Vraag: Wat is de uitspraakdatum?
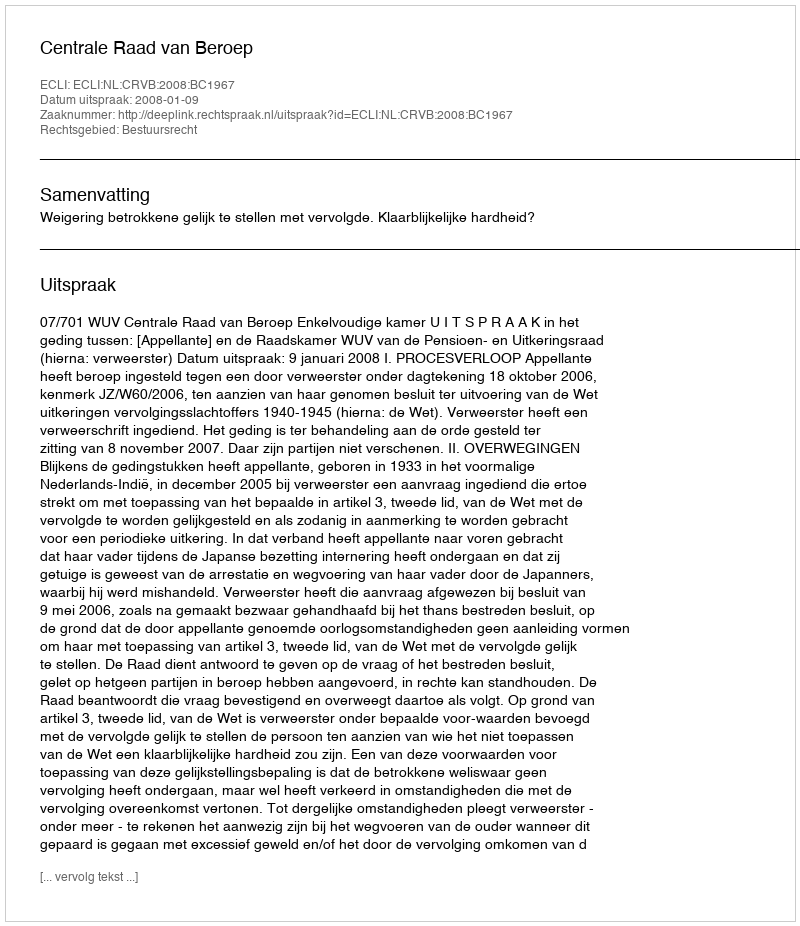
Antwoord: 2008-01-09